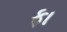
ફા